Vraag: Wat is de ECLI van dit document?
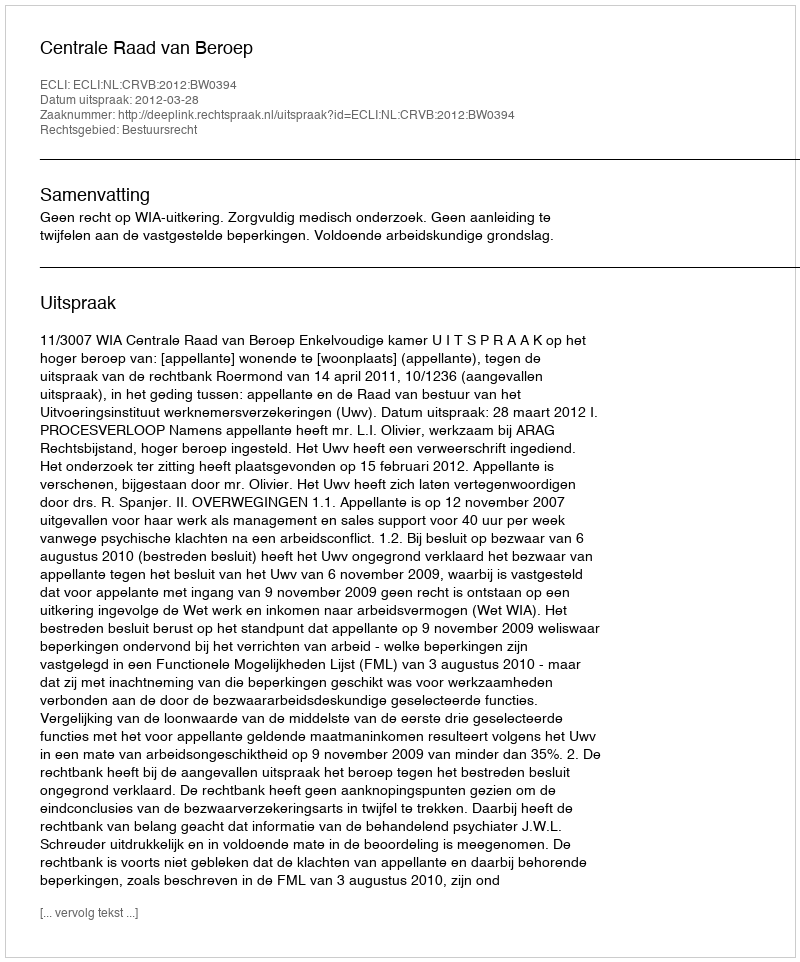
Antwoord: ECLI:NL:CRVB:2012:BW0394